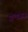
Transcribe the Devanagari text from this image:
प्रो॰एजाज़